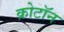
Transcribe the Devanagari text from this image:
क्रोटॉन